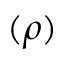
( \rho )